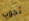
تجوب